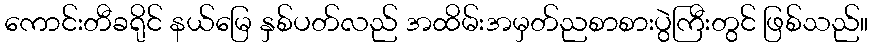
ကောင်းတီခရိုင် နယ်မြေ နှစ်ပတ်လည် အထိမ်းအမှတ်ညစာစားပွဲကြီးတွင် ဖြစ်သည်။